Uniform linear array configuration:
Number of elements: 4
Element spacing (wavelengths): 0.25
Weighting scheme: blackman
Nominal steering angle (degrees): -15
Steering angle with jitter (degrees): -13.166
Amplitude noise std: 0.05
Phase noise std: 0.05

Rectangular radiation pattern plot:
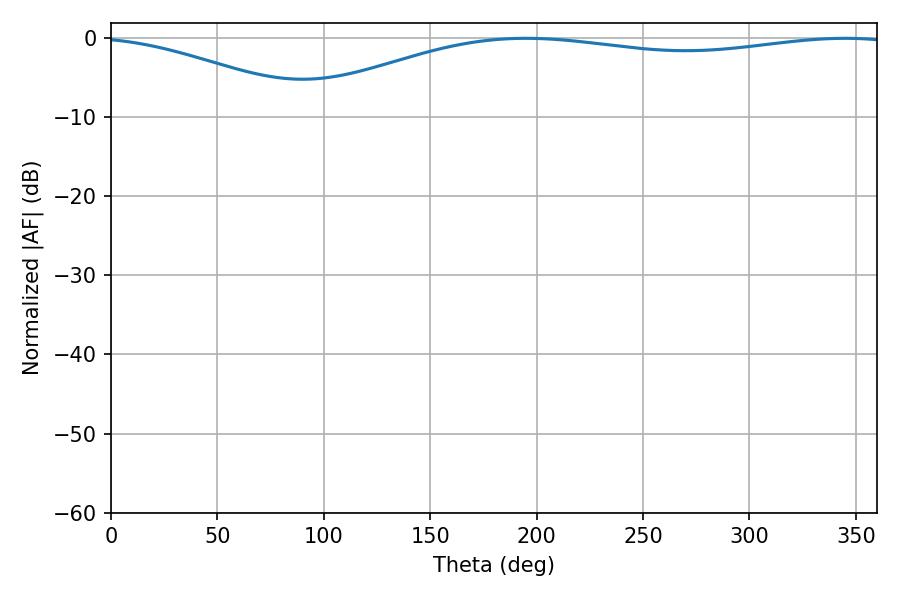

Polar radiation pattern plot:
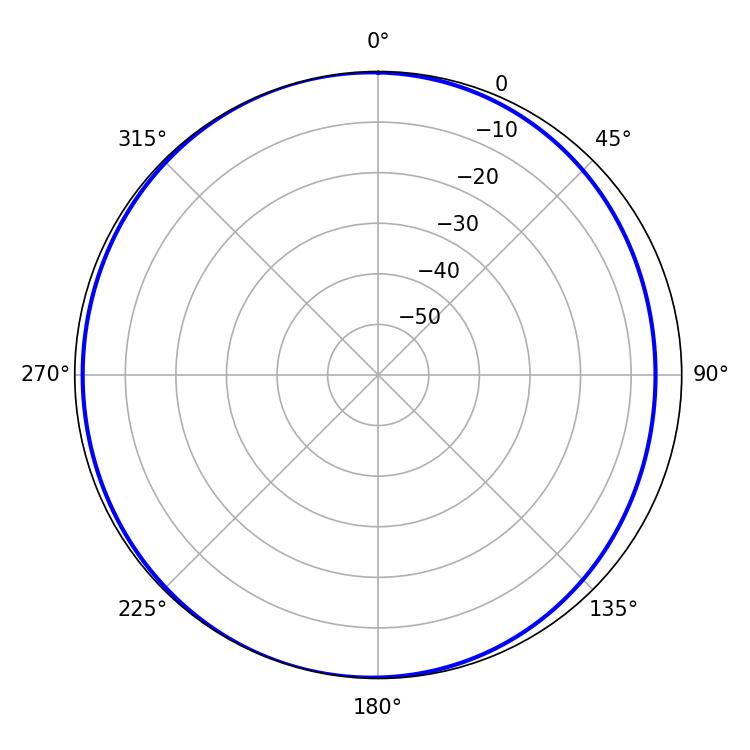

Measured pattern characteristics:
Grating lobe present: FALSE
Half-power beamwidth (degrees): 227.88
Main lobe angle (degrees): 194.94